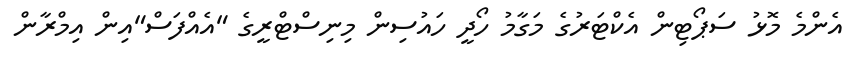
އެންމެ މޮޅު ސަޕޯޓިން އެކްޓަރުގެ މަގާމު ހޯދީ ހައުސިން މިނިސްޓްރީގެ "އެއްފަސް"އިން އިމްރާން